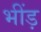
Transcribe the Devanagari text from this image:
भींड़